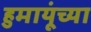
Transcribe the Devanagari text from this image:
हुमायूंच्या